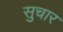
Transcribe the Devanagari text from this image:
सुचार